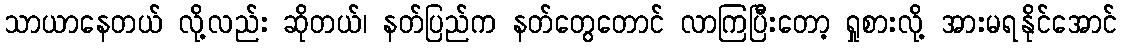
သာယာနေတယ် လို့လည်း ဆိုတယ်၊ နတ်ပြည်က နတ်တွေတောင် လာကြပြီးတော့ ရှုစားလို့ အားမရနိုင်အောင်